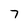
Character: 7